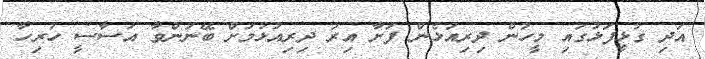
އަދި ގުޅީފަޅުގައި މީހުން ދިރިއުޅެން ފަށާ އިރު ދިރިއުޅުމަށް ބޭނުންވާ އަސާސީ ހުރިހާ